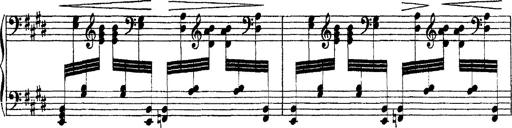
Title: Ã‰tudes d'exÃ©cution transcendante d'aprÃ¨s Paganini
Composer: Franz Liszt